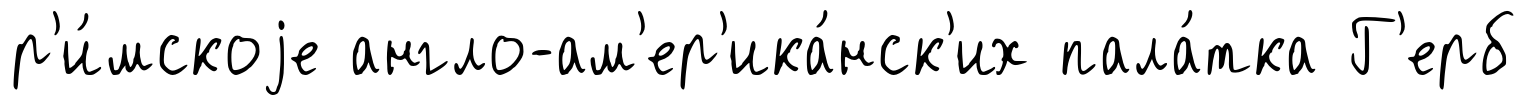
р'и́мскоjе англо-ам'ер'ика́нск'их пала́тка Г'ерб